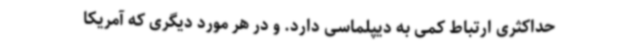
حداکثری ارتباط کمی به دیپلماسی دارد. و در هر مورد دیگری که آمریکا